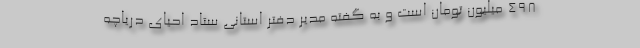
۴۹۸ میلیون تومان است و به گفته مدیر دفتر استانی ستاد احیای دریاچه